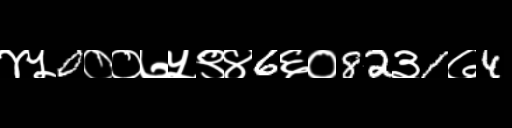
Text: ४५0००७५९४6६०82३1७4